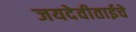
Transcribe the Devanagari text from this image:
जयदेवीताईचे